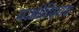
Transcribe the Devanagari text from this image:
परभीतिहराय